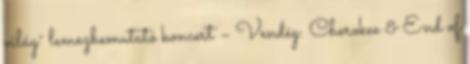
világ˝ lemezbemutató koncert – Vendég: Cherokee & End of